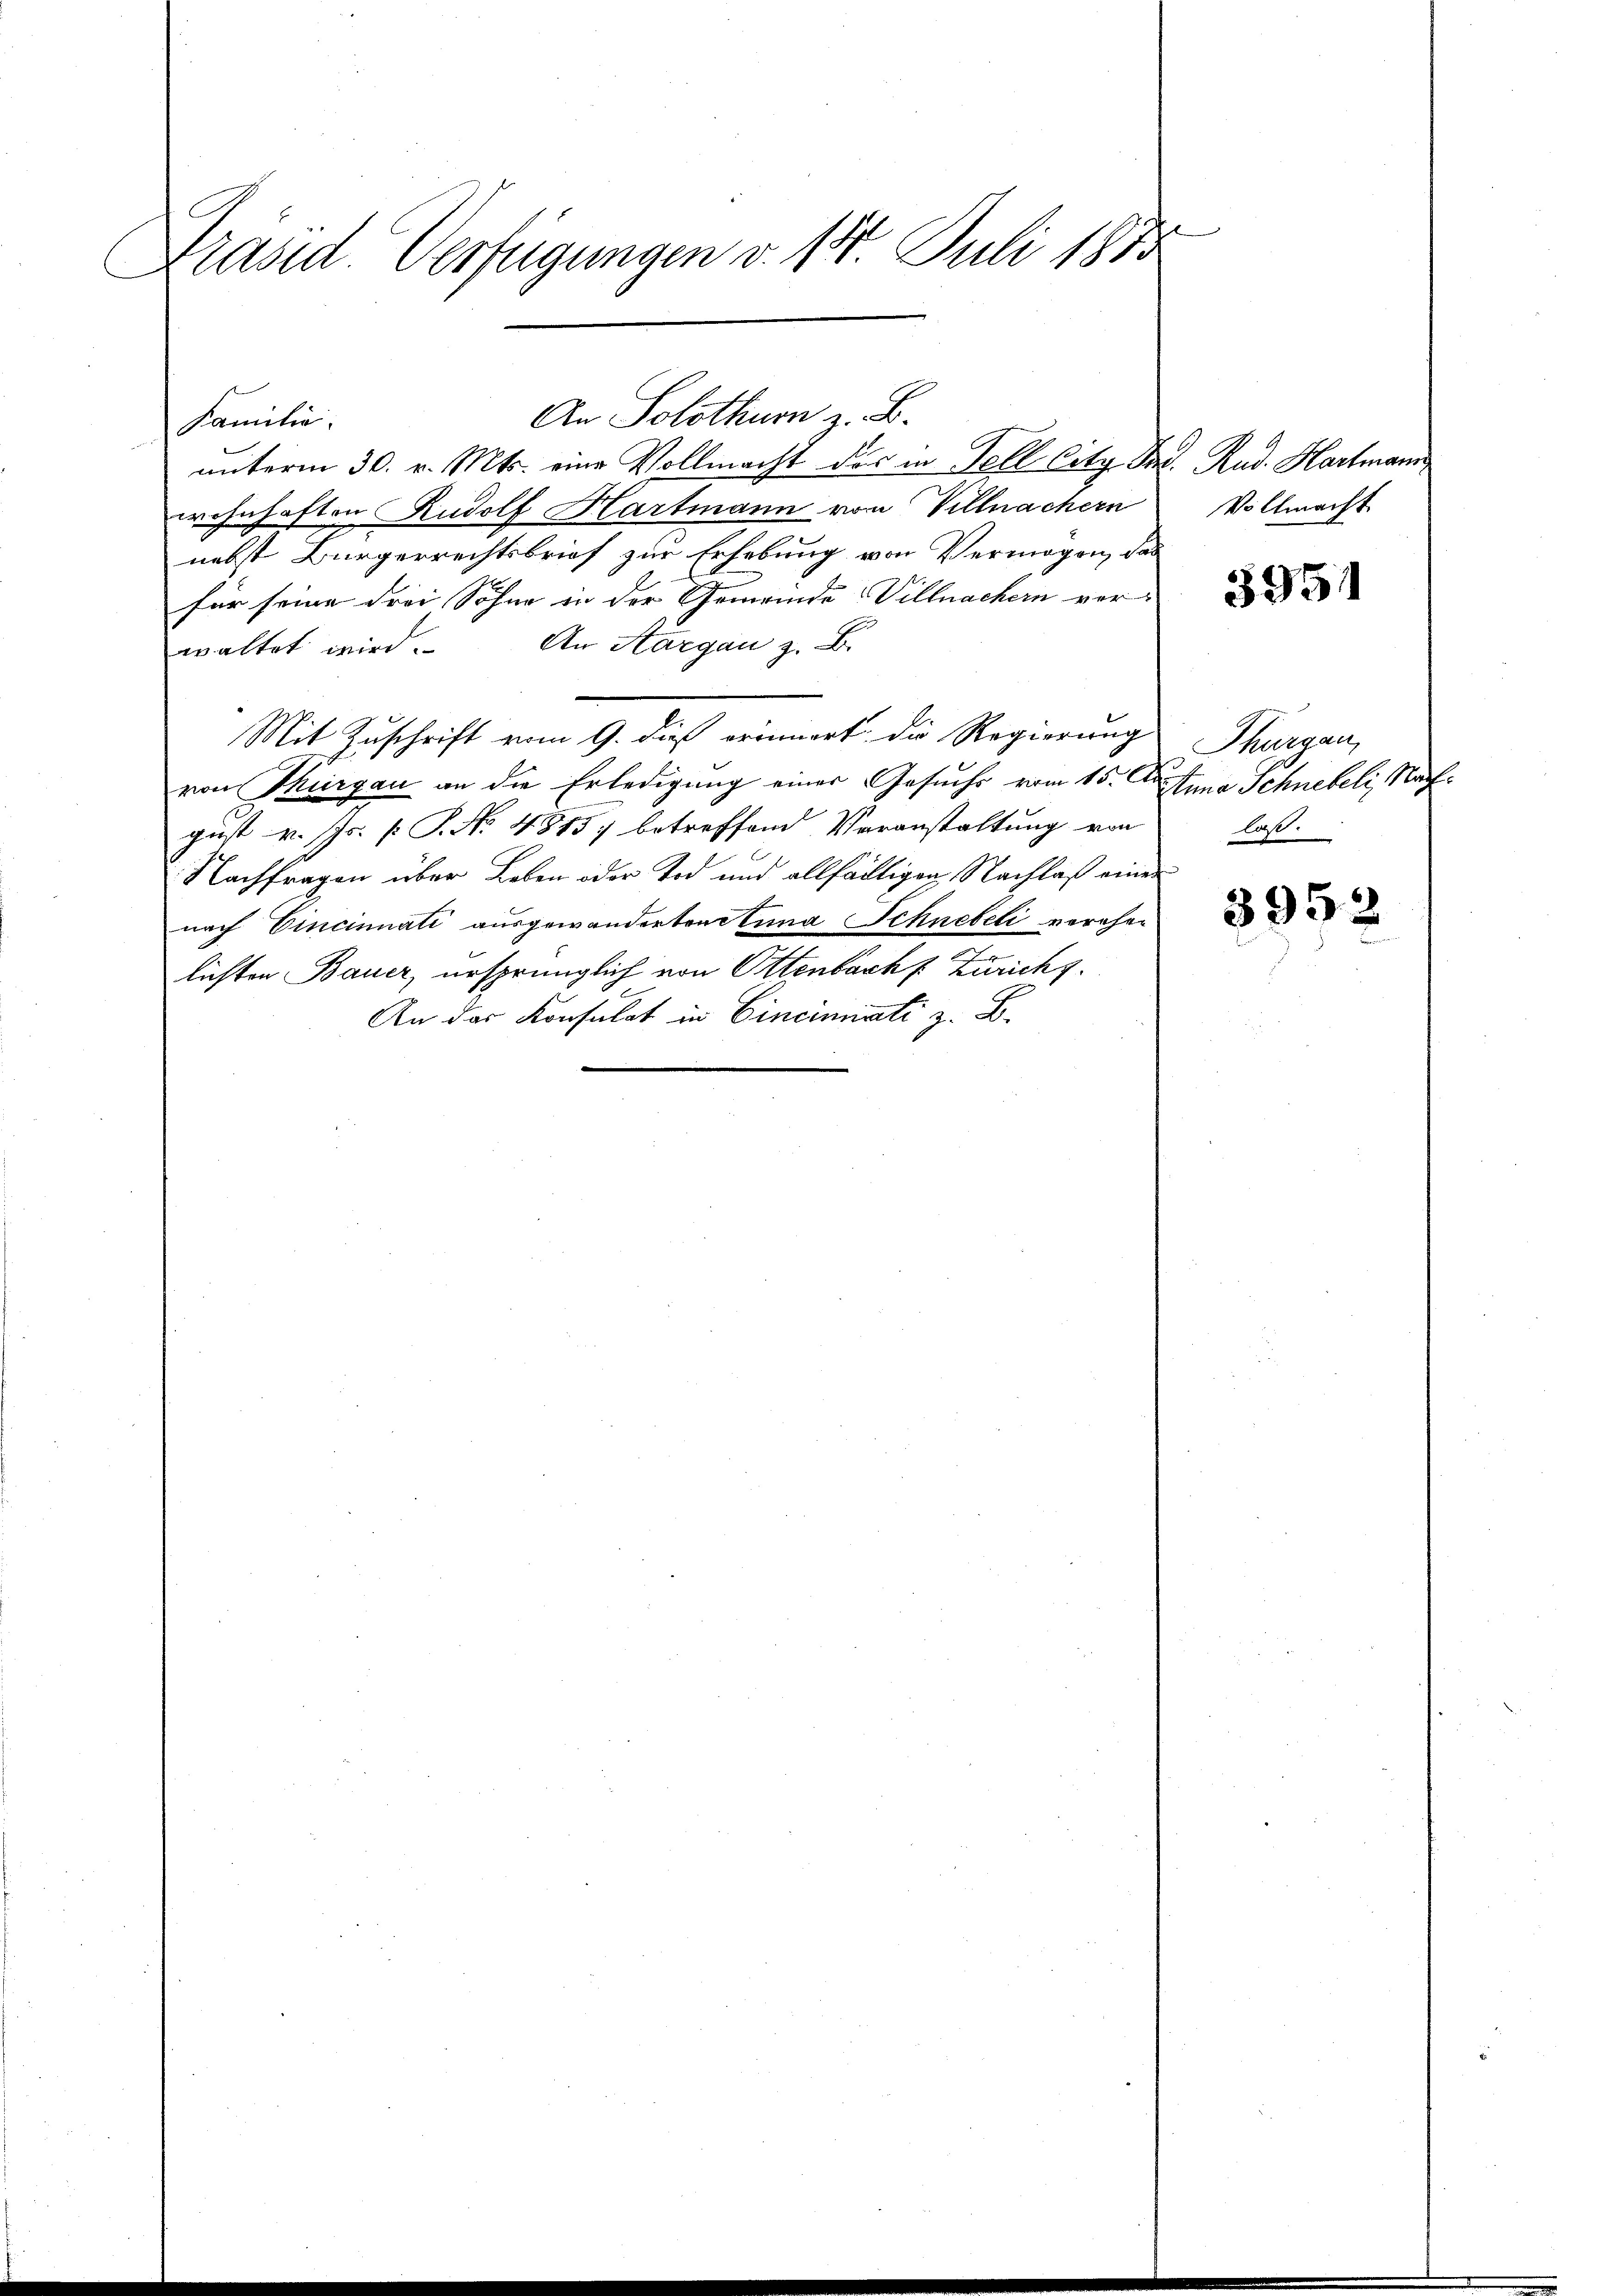
Drasid. Verfügungen v. 18. Juli 1870

Familie.
unterm 30. v. Mts. eine Vollmacht der in Fell Citz de
wohnhaften Rudolf Hartmann von Villnachern
nebst Bürgerrechtsbrief zur Erhebung von Vermögen, das
für seine drei Söhne in der Gemeinde Villnachern vor-
waltet wird. An Aargau z. B.
Mit Zuschrift vom 9. dieß erinnert die Regierung Thurgau,
von Thurgau an die Erledigung einer Gesuchs vom 15. Aprtina Schnebeli, Nach
gust v. Js. [ P. Nr. 4815) betreffend Veranstaltung von
Nachfragen über Leben oder Tod und allfältigen Nachlaß einer
nach Eincinnati ausgewandertenstina Schnebeli verehen
lichten Bauer, ursprünglich von Ottenbach f Zurichs
An das Konsulat in Cincinnati z. B.

An Solothurn z. B.

J. Rud. Hartmann
Vollmacht

5951

laß.

3952